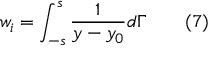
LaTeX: w _ { i } = \int _ { - s } ^ { s } { \frac { 1 } { y - y _ { 0 } } } d \Gamma \qquad ( 7 )